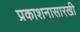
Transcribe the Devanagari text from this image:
प्रकाशनासारखी